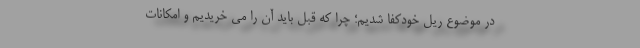
در موضوع ریل خودکفا شدیم؛ چرا که قبل باید آن را می خریدیم و امکانات